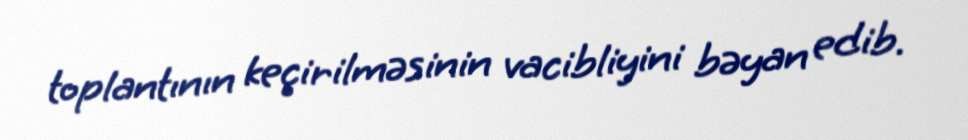
toplantının keçirilməsinin vacibliyini bəyan edib.